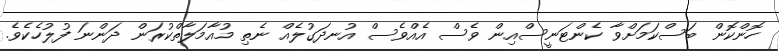
ހޮންކޮން ބަސްކަމަށްވާ ކެންޓަނީސްއިން ވެސް އެއްވެސް އުނދަގުލެއް ނެތި މުއާމަލާތްކުރަން ދަންނަ ފުލުހެކެވެ.